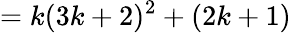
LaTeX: =k(3k+2)^{2}+(2k+1)